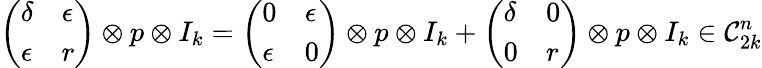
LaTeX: \left(\begin{array}{ll}{\delta}&{\epsilon}\\ {\epsilon}&{r}\end{array}\right)\otimes p\otimes I_{k}=\left(\begin{array}{ll}{0}&{\epsilon}\\ {\epsilon}&{0}\end{array}\right)\otimes p\otimes I_{k}+\left(\begin{array}{ll}{\delta}&{0}\\ {0}&{r}\end{array}\right)\otimes p\otimes I_{k}\in\mathcal{C}_{2k}^{n}